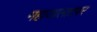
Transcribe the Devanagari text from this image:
महाजालाटवर